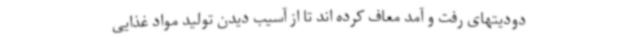
دودیتهای رفت و آمد معاف کرده اند تا از آسیب دیدن تولید مواد غذایی